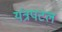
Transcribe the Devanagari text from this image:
यंत्रपटल